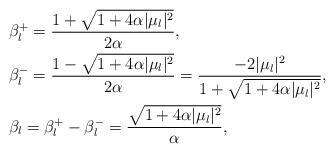
LaTeX: \begin{align*}&\beta^+_l = \frac{1+\sqrt{1 + 4\alpha |\mu_l|^2}}{2 \alpha}, \\& \beta^-_l = \frac{1-\sqrt{1 + 4\alpha |\mu_l|^2}}{2 \alpha}= \frac{-2|\mu_l|^2}{1+\sqrt{1 + 4\alpha |\mu_l|^2}} , \\&\beta_l = \beta^+_l - \beta^-_l = \frac{\sqrt{1 + 4\alpha |\mu_l|^2}}{ \alpha},\\\end{align*}